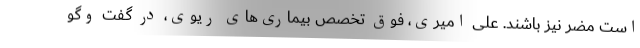
است مضر نیز باشند. علی امیری، فوق تخصص بیماری‌های ریوی، در گفت وگو